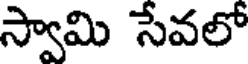
స్వామి సేవలో